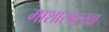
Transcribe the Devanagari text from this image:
माशासारखा